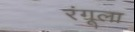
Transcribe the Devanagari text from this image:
रंगूला